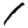
Digit: 1